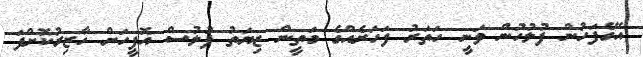
އޭގެފަހުން ފުލުހުން ވަނީ ހަތަރު ފަހަރެއްގެ މަތީން ޒިޔަތު ފުލުސް އޮފީހަށް ހާޒިރުކޮށްފަ